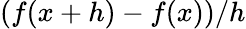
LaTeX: (f(x+h)-f(x))/h